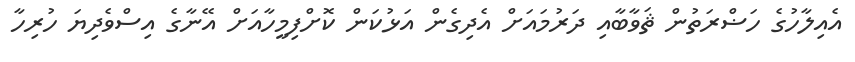
އެއިލާހުގެ ހަޟްރަތުން ޘަވާބާއި ދަރުމައަށް އެދިގެން އަޅުކަން ކޮށްފިމީހާއަށް އޭނާގެ އިސްވެދިޔަ ހުރިހާ